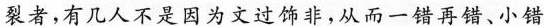
裂者，有几人不是因为文过饰非，从而一错再错、小错